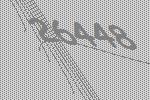
26448